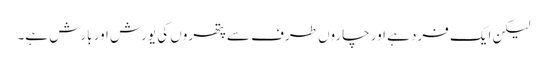
لیکن ایک فرد ہے اور چاروں طرف سے پتھروں کی یورش اور بارش ہے۔